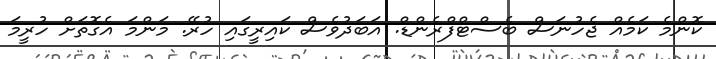
ކޮންމެ ކަމެއް ޖެހުނަސް ބެސްޓްފްރެންޑް. އަބަދުވެސް ކައިރީގައި ހުރޭ. މަންމަ އެގޮތަށް ހުރީމަ